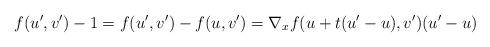
LaTeX: \begin{align*}f(u',v')-1=f(u',v')-f(u,v')=\nabla_x f (u+t(u'-u),v')(u'-u)\end{align*}